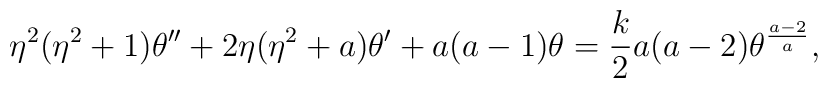
\eta^2(\eta^2+1)\theta''+2\eta(\eta^2+a)\theta'+a(a-1)\theta={k\over 2}a(a-2)\theta^{{a-2}\over a},